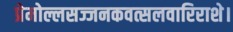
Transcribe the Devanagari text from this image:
प्रेमोल्लसज्जनकवत्सलवारिराशे।